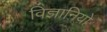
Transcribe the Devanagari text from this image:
विज्ञानियो